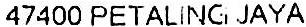
47400 PETALING JAYA